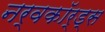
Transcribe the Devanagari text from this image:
नर्वकॉर्ड्स